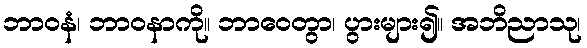
ဘာဝနံ၊ ဘာဝနာကို။ ဘာဝေတွာ၊ ပွားများ၍။ အဘိညာသု၊